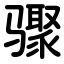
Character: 骤